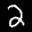
Label: 2